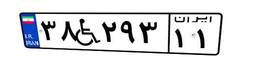
۳۸W۲۹۳۱۱